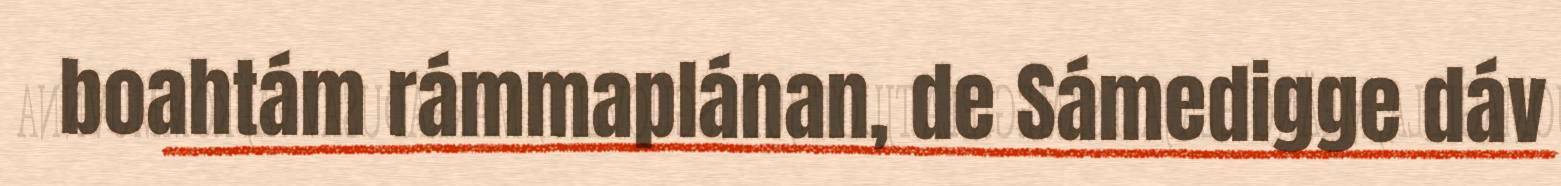
boahtám rámmaplánan, de Sámedigge dáv